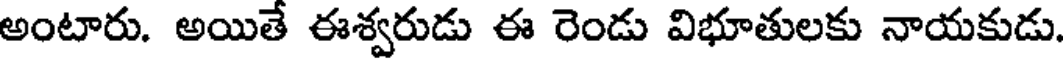
అంటారు. అయితే ఈశ్వరుడు ఈ రెండు విభూతులకు నాయకుడు.